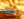
حضر